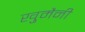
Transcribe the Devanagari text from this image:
खु़मैनी